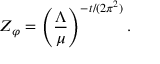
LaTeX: Z _ { \varphi } = \left( \frac { \Lambda } { \mu } \right) ^ { - t / ( 2 \pi ^ { 2 } ) } .